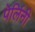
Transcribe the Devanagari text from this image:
पेर्लिनी